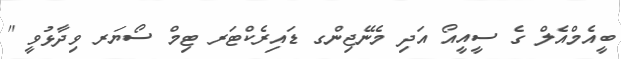
ބީއެމްއެލް ގެ ސީއީއޯ އަދި މެނޭޖިންގ ޑައިރެކްޓަރ ޓިމް ސޯޔަރ ވިދާޅުވީ "